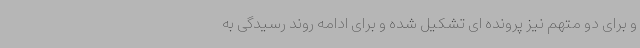
و برای دو متهم نیز پرونده ای تشکیل شده و برای ادامه روند رسیدگی به